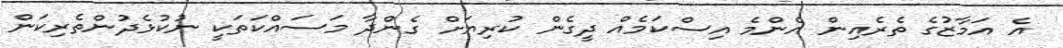
އެ އަމާޒުގެ ތެރެއިން އެންމެ އިސްކަމެއް ދީގެން ކުރިޔަށް ގެންދާ މަސައްކަތަކީ ނުކުޅެދުންތެރިކަން